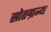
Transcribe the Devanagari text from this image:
स्रोतग्रन्थ